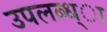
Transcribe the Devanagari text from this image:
उपलब्ध्ा